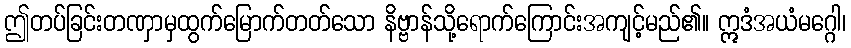
ဤတပ်ခြင်းတဏှာမှထွက်မြောက်တတ်သော နိဗ္ဗာန်သို့ရောက်ကြောင်းအကျင့်မည်၏။ ဣဒံအယံမဂ္ဂေါ၊